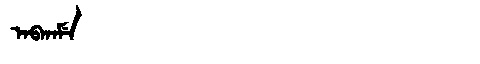
Manchu: ᠠᠪᡴᠠᠮᡝ
Romanization: ABKAME